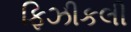
ફિઝીકલી